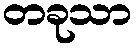
တခုသာ